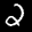
Label: 2